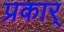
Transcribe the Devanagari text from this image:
प्रकार्